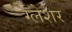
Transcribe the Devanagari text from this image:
ग्लेशर